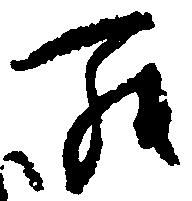
罷